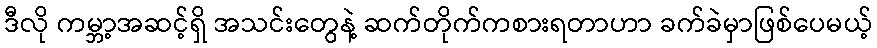
ဒီလို ကမ္ဘာ့အဆင့်ရှိ အသင်းတွေနဲ့ ဆက်တိုက်ကစားရတာဟာ ခက်ခဲမှာဖြစ်ပေမယ့်